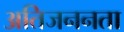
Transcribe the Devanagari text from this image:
अतिजननता